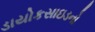
ડાયોકસાઇડનો